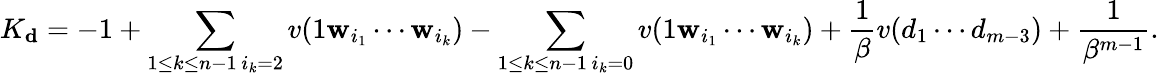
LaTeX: K_{\mathbf{d}}=-1+\sum_{\substack{1\le k\le n-1\, i_{k}=2}}v(1\mathbf w_{i_{1}}\cdots\mathbf w_{i_{k}})-\sum_{\substack{1\le k\le n-1\, i_{k}=0}}v(1\mathbf w_{i_{1}}\cdots\mathbf w_{i_{k}})+\frac 1\beta v(d_{1}\cdots d_{m-3})+\frac 1{\beta^{m-1}}.